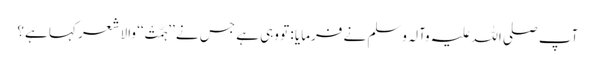
آپ صلی اللہ علیہ وآلہ وسلم نے فرمایا : تو وہی ہے جس نے ’’ہَمَّتْ‘‘ والا شعر کہا ہے؟